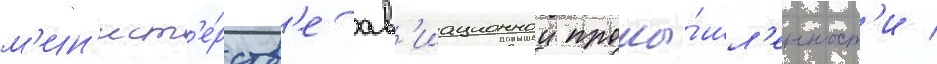
м'ин'ист'е́рств'е ав'иационнои промы́шл'енност'и /